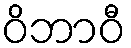
ဝိဘာဝီ